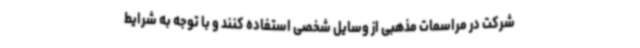
شرکت در مراسمات مذهبی از وسایل شخصی استفاده کنند و با توجه به شرایط